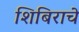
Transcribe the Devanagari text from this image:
शिबिराचे